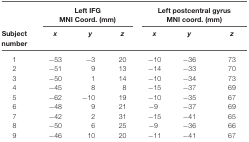
|  | <COLSPAN=3> Left IFG MNI Coord. (mm) | <COLSPAN=3> Left postcentral gyrus MNI coord. (mm) |
 | Subject number | x | y | z | x | y | z |
 | --- | --- | --- | --- | --- | --- | --- |
 | 1 | −53 | −3 | 20 | −10 | −36 | 73 |
 | 2 | −51 | 9 | 13 | −14 | −33 | 70 |
 | 3 | −50 | 1 | 14 | −10 | −34 | 73 |
 | 4 | −45 | 8 | 8 | −15 | −37 | 69 |
 | 5 | −62 | −10 | 19 | −10 | −35 | 67 |
 | 6 | −48 | 9 | 21 | −9 | −37 | 69 |
 | 7 | −42 | 2 | 31 | −15 | −41 | 65 |
 | 8 | −50 | 6 | 25 | −9 | −36 | 66 |
 | 9 | −46 | 10 | 20 | −11 | −41 | 67 |